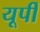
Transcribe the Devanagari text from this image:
यूर्पी